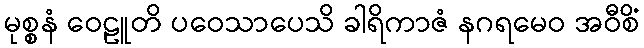
မုစ္စနံ ဝေဠူတိ ပဝေသာပေသိ ခါရိကာဇံ နဂရမေဝ အဝီစိံ